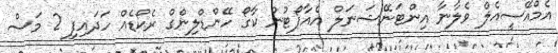
އެމްއޭސީއެލް ވެލާނާ އިންޓަނޭޝަނަލް އެއާޕޯޓުން ކާގޯ ހޭންޑްލިންގް ރެކޯޑެއް ހަދައިފި 2 މަސް